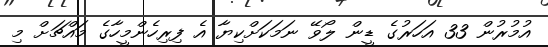
އުމުރުން 33 އަހަރުގެ ޑީން ލޯވޭ ނަމަކަށްކިޔާ އެ ފިރިހެންމީހާގެ މައްޗަށް މި